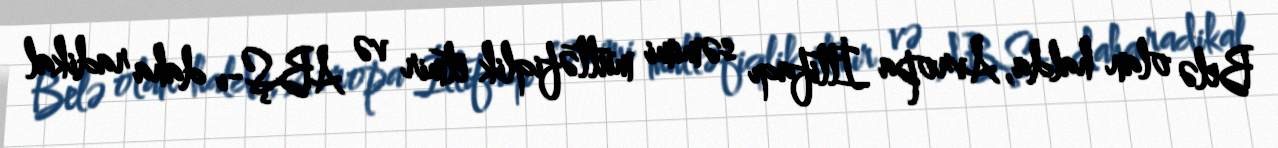
Belə olan halda, Avropa İttifaqı səmimi müttəfiqlik etmir və ABŞ-ı daha radikal